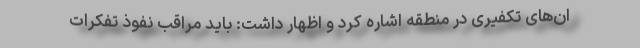
ان‌های تکفیری در منطقه اشاره کرد و اظهار داشت: باید مراقب نفوذ تفکرات